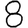
Digit: 8